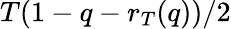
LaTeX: T(1-q-r_{T}(q))/2